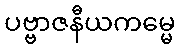
ပဗ္ဗာဇနီယကမ္မေ